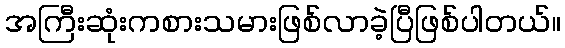
အကြီးဆုံးကစားသမားဖြစ်လာခဲ့ပြီဖြစ်ပါတယ်။